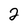
Character: 2